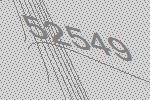
52549